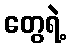
တွေရဲ့